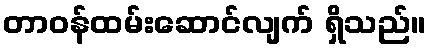
တာဝန်ထမ်းဆောင်လျက် ရှိသည်။